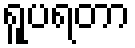
ရူပရတာ